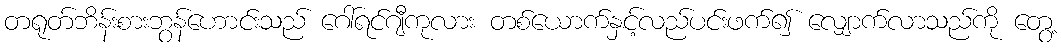
တရုတ်ဘိန်းစားဘွန်ဟောင်းသည် ဂေါ်ရင်ဂျီကုလား တစ်ယောက်နှင့်လည်ပင်းဖက်၍ လျှောက်လာသည်ကို တွေ့